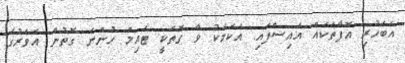
"އެބަހުރި އޮފާތަކެއް އައިސްފައި. އެކަމަކު ވާ ގޮތަކީ ޓައިމް ހުންނަ ގޮތުން އެވަރުގެ